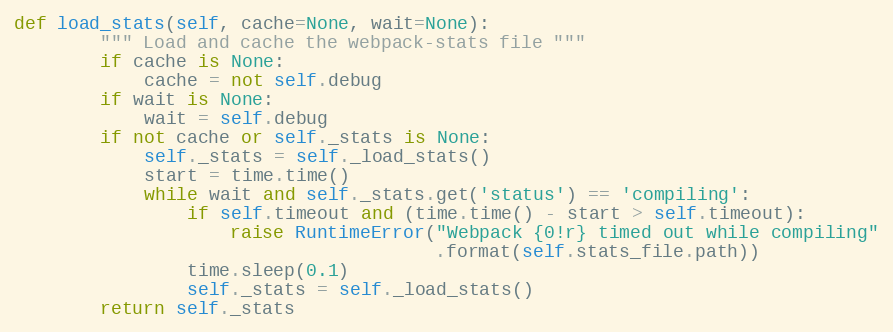
Language: Python
def load_stats(self, cache=None, wait=None):
        """ Load and cache the webpack-stats file """
        if cache is None:
            cache = not self.debug
        if wait is None:
            wait = self.debug
        if not cache or self._stats is None:
            self._stats = self._load_stats()
            start = time.time()
            while wait and self._stats.get('status') == 'compiling':
                if self.timeout and (time.time() - start > self.timeout):
                    raise RuntimeError("Webpack {0!r} timed out while compiling"
                                       .format(self.stats_file.path))
                time.sleep(0.1)
                self._stats = self._load_stats()
        return self._stats